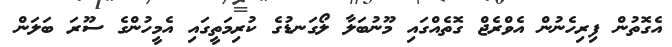
އެގޮތުން ފިރިހެނުން އެވްރެޖް ގޮތެއްގައި މޫނުބަލާ ލޯގަނޑުގެ ކުރިމަތީގައި އެމީހުންގެ ސޫރަ ބަލަން